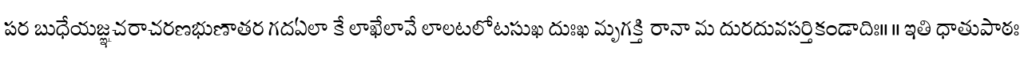
పర బుధేయజ్ఞచరాచరణభుణాతర గదఏలా కే లాఖేలావే లాలటలోటసుఖ దుఃఖ మృగక్తి రానా మ దురదువసర్తికండాదిః॥ ॥ ఇతి ధాతుపాఠః